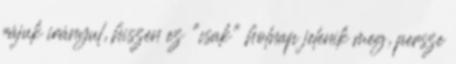
rájuk irányul, hiszen ez "csak" holnap jelenik meg, persze